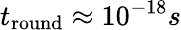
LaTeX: t_{\textrm{round}}\approx 10^{-18}s